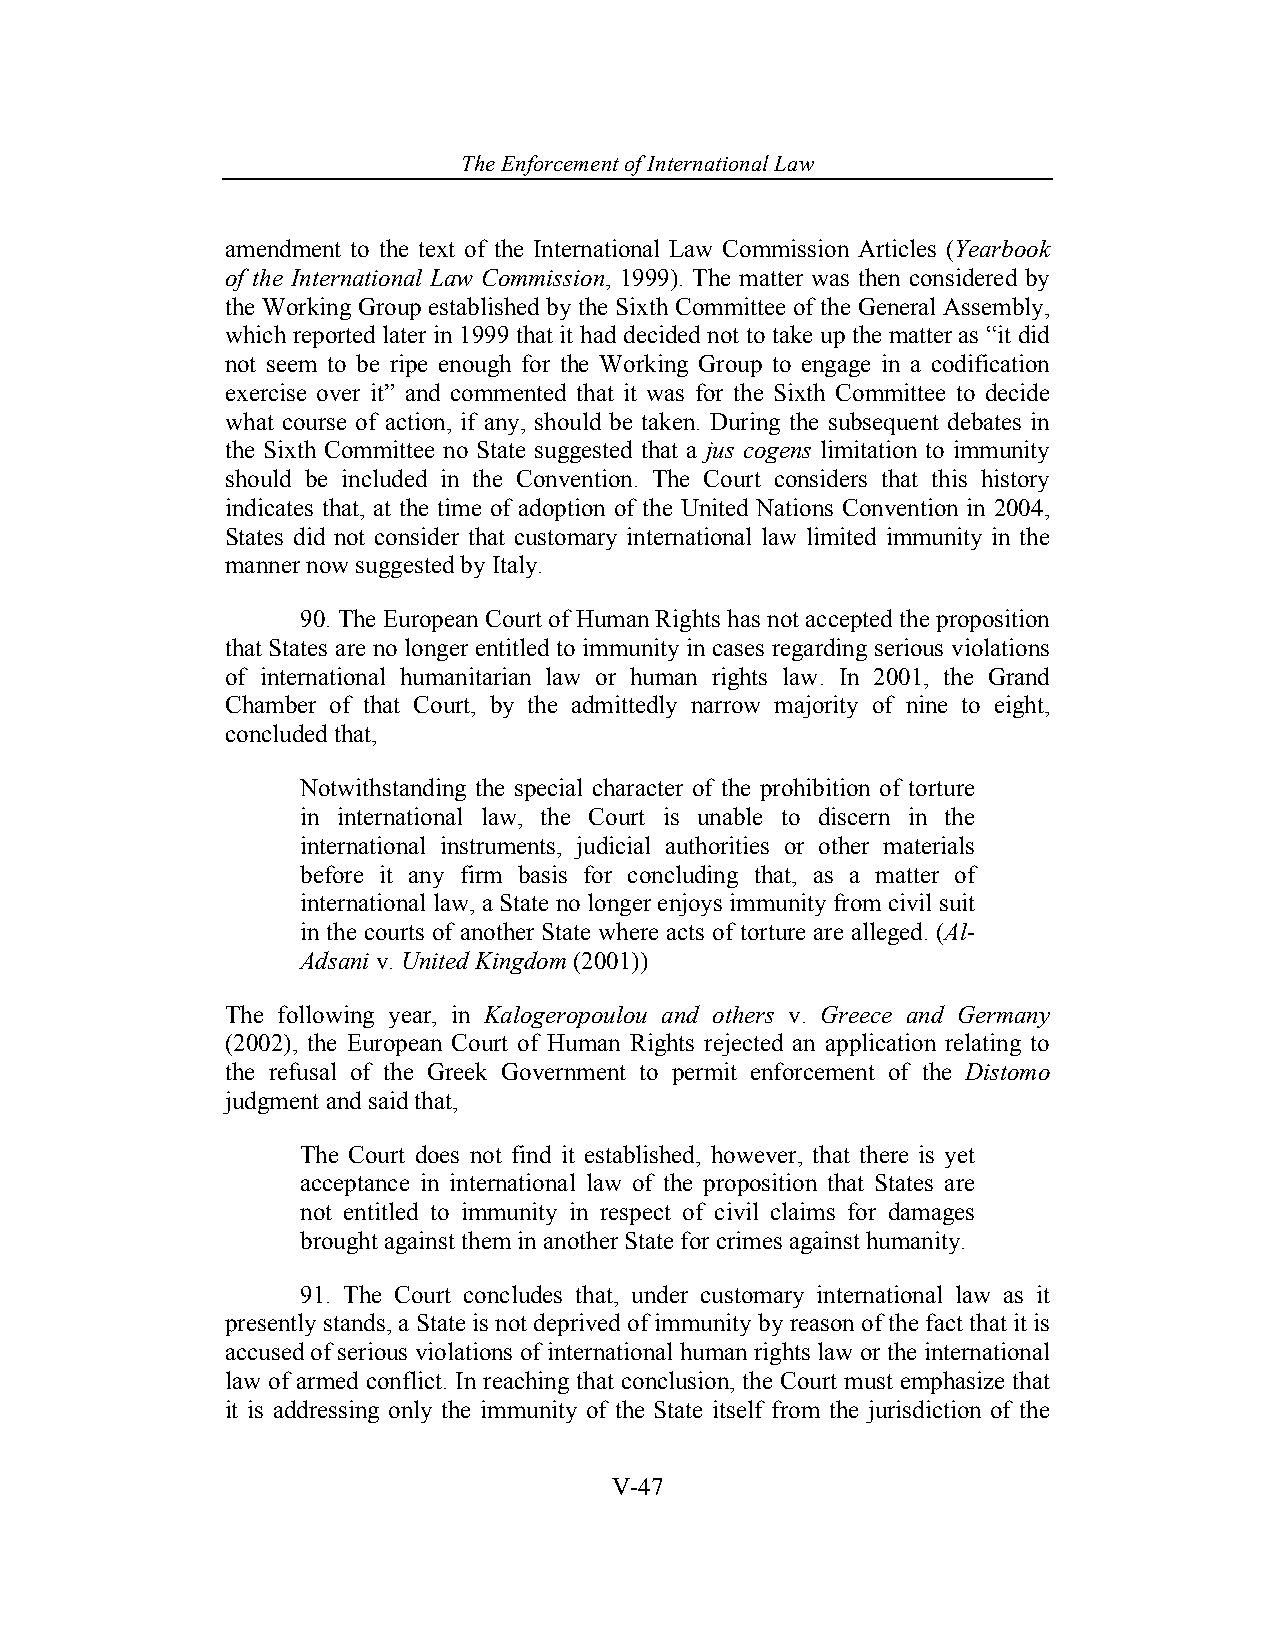
The Enforcement o f International Law
 amendment to the text of the International Law Commission Articles (Yearbook
 of the International Law Commission, 1999). The matter was then considered by
 the Working Group established by the Sixth Committee of the General Assembly,
 which reported later in 1999 that it had decided not to take up the matter as “it did
 not seem to be ripe enough for the Working Group to engage in a codification
 exercise over it” and commented that it was for the Sixth Committee to decide
 what course of action, if any, should be taken. During the subsequent debates in
 the Sixth Committee no State suggested that a jus cogens limitation to immunity
 should be included in the Convention. The Court considers that this history
 indicates that, at the time of adoption of the United Nations Convention in 2004,
 States did not consider that customary international law limited immunity in the
 manner now suggested by Italy.
 90. The European Court of Human Rights has not accepted the proposition
 that States are no longer entitled to immunity in cases regarding serious violations
 of international humanitarian law or human rights law. In 2001, the Grand
 Chamber of that Court, by the admittedly narrow majority of nine to eight,
 concluded that,
 Notwithstanding the special character of the prohibition of torture
 in international law, the Court is unable to discern in the
 international instruments, judicial authorities or other materials
 before it any firm basis for concluding that, as a matter of
 international law, a State no longer enjoys immunity from civil suit
 in the courts of another State where acts of torture are alleged. (Al-
 Adsani v. United Kingdom (2001))
 The following year, in Kalogeropoulou and others v. Greece and Germany
 (2002), the European Court of Human Rights rejected an application relating to
 the refusal of the Greek Government to permit enforcement of the Distomo
 judgment and said that,
 The Court does not find it established, however, that there is yet
 acceptance in international law of the proposition that States are
 not entitled to immunity in respect of civil claims for damages
 brought against them in another State for crimes against humanity.
 91. The Court concludes that, under customary international law as it
 presently stands, a State is not deprived of immunity by reason of the fact that it is
 accused of serious violations of international human rights law or the international
 law of armed conflict. In reaching that conclusion, the Court must emphasize that
 it is addressing only the immunity of the State itself from the jurisdiction of the
 V-47